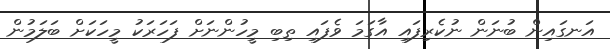
އަނގައިން ބުނަން ނުކެރިފައި އާގަމަ ވެފައި ތިބި މީހުންނަށް ފަހަރަކު މީހަކަށް ބަލަމުން